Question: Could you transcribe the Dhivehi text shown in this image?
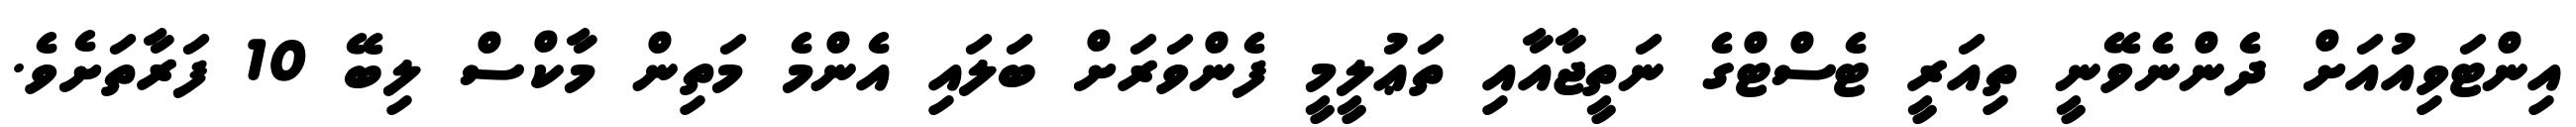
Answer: އިންޓަވިއުއަށް ދެންނެވޭނީ ތިއަރީ ޓެސްޓްގެ ނަތީޖާއާއި ތަޢުލީމީ ފެންވަރަށް ބަލައި އެންމެ މަތިން މާކްސް ލިބޭ 10 ފަރާތަށެވެ.